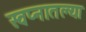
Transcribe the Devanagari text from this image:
स्वप्नातल्या